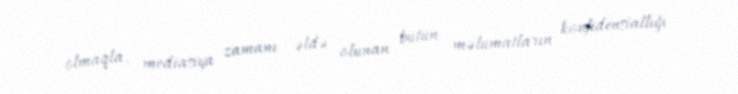
olmaqla, mediasiya zamanı əldə olunan bütün məlumatların konfidensiallığı